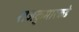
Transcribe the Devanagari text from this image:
राजकुमारकडे